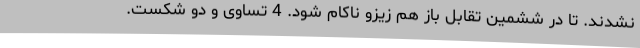
نشدند. تا در ششمین تقابل باز هم زیزو ناکام شود. 4 تساوی و دو شکست.